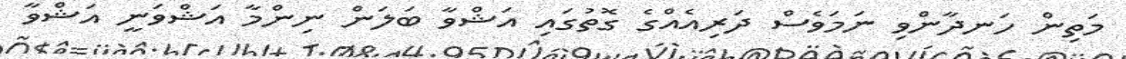
މަތިން ހަނދާންވި ނަމަވެސް ދަރިއެއްގެ ގޮތުގައި އަޝްވާ ބަލަން ނިންމާ އަޝްވަނީ އަޝްވާ